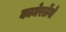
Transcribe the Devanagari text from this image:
कामेरर्लेंगो